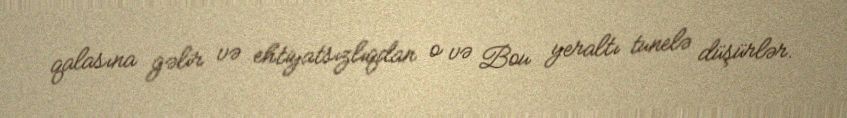
qalasına gəlir və ehtiyatsızlıqdan o və Bou yeraltı tunelə düşürlər.